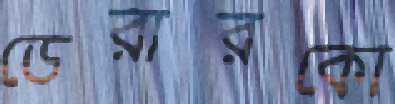
ডেরারকো